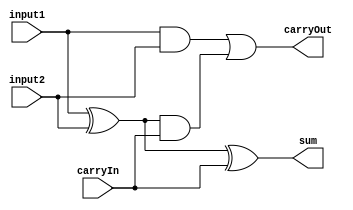
module Full_adder(sum, carryOut, carryIn, input1, input2);

	input carryIn, input1, input2;

	output sum, carryOut;

	wire w1, w2, w3;

	xor x1(w1, input1, input2);
	xor x2(sum, w1, carryIn);
	and a1(w2, input1, input2);
	and a2(w3, w1, carryIn);
	or o1(carryOut, w2, w3);

endmodule